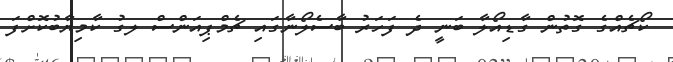
ކޯޗެއްގެ ގޮތުން ގާޑިއޯލާ ބަނީ ދެ ފަހަރު ބާސެލޯނާގައި ޗެމްޕިއަންސް ލގު ކާމިޔާބުކޮށްފަ